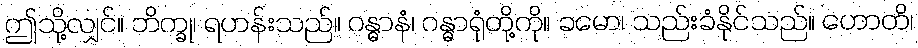
ဤသို့လျှင်။ ဘိက္ခု၊ ရဟန်းသည်။ ဂန္ဓာနံ၊ ဂန္ဓာရုံတို့ကို။ ခမော၊ သည်းခံနိုင်သည်။ ဟောတိ၊